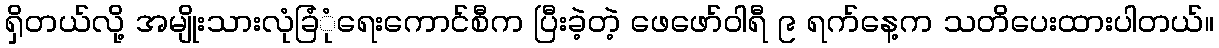
ရှိတယ်လို့ အမျိုးသားလုံခြံုံရေးကောင်စီက ပြီးခဲ့တဲ့ ဖေဖော်ဝါရီ ၉ ရက်နေ့က သတိပေးထားပါတယ်။